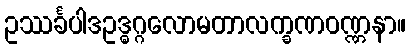
ဥဿင်္ခပါဒဥဒ္ဓဂ္ဂလောမတာလက္ခဏဝဏ္ဏနာ။